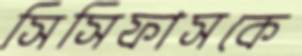
সিসিফাসকে